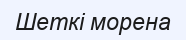
Шеткі морена